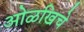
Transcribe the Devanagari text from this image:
ओळखिचे